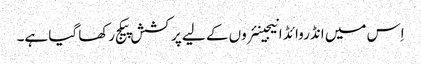
اِس میں انڈروائڈ انیجینئروں کے لیے پرکشش پیکج رکھا گیا ہے۔